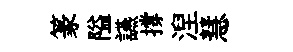
篆隘讌撐湼慧